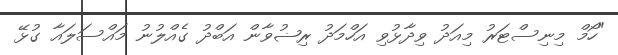
"ހޯމް މިނިސްޓަރު މިއަދު ވިދާޅުވި އަހްމަދު ރިޟުވާން އަބްދު ގެއްލުނު މައްސަލައާ ގުޅޭ